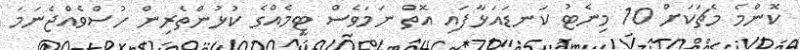
ކޮންމެ މެޗަކަށް 10 މިނެޓު ކަނޑައަޅާފައި އޮތް ނަމަވެސް ޓީމެއްގެ ކުޅުންތެރިން ހުސްވެއްޖެނަމަ